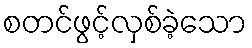
စတင်ဖွင့်လှစ်ခဲ့သော